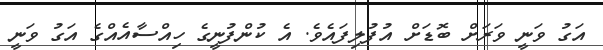
އަގު ވަނީ ވަރަށް ބޮޑަށް އުފުލިފައެވެ. އެ ކުންފުނީގެ ހިއްސާއެއްގެ އަގު ވަނީ